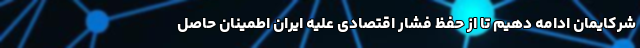
شرکایمان ادامه دهیم تا از حفظ فشار اقتصادی علیه ایران اطمینان حاصل